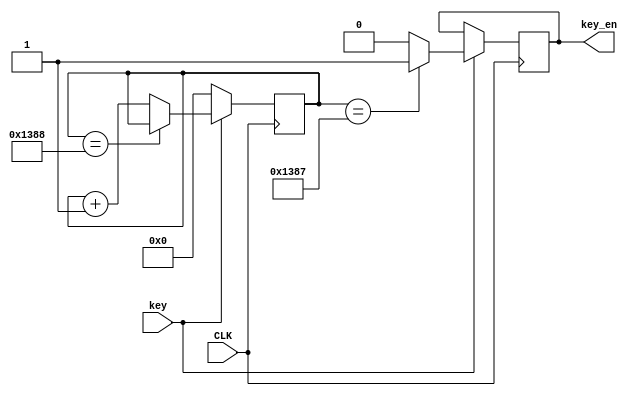
`timescale 1ns / 1ps
//////////////////////////////////////////////////////////////////////////////////
// Company: 
// Engineer: 
// 
// Design Name: 
// Module Name: key_vibration
// Project Name: 
// Target Devices: 
// Tool Versions: 
// Description: 
// 
// Dependencies: 
// 
// Revision:
// Revision 0.01 - File Created
// Additional Comments:
// 
//////////////////////////////////////////////////////////////////////////////////


module key_vibration(
    input CLK,
    input key,
    output reg key_en
    );
    //DURATION
    parameter DURATION = 5000;
    reg [15:0] cnt;//
    initial cnt = 16'b0;
    always@(posedge CLK)
    begin 
        if(key==1) begin//
            if(cnt==DURATION) 
                cnt <= cnt;
            else 
                cnt <= cnt + 1;
        end
        else
            cnt <= 16'b0;
    end
    
    always@(posedge CLK) begin//
        if(key) key_en <= (cnt==DURATION-1'b1)?1'b1:1'b0;
    end
    
endmodule